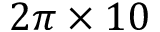
2 \pi \times 1 0